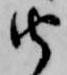
由